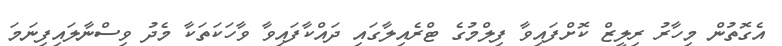
އެގޮތުން މިހާރު ރިލީޒް ކޮށްފައިވާ ފިލްމުގެ ޓްރެއިލާގައި ދައްކާފައިވާ ވާހަކަތަކާ މެދު ވިސްނާލައިފިނަމަ